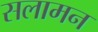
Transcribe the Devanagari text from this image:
सलामन